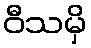
ဝီသမှိ